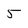
Character: 5